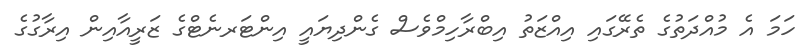
ހަމަ އެ މުއްދަތުގެ ތެރޭގައި އިއްޒަތު އިބްރާހިމްވެސް ގެންދިޔައީ އިންޓަރނެޓްގެ ޒަރީއާއިން އިރާގުގެ